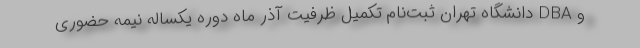
و DBA دانشگاه تهران ثبت‌نام تکمیل ظرفیت آذر ماه دوره یکساله نیمه حضوری